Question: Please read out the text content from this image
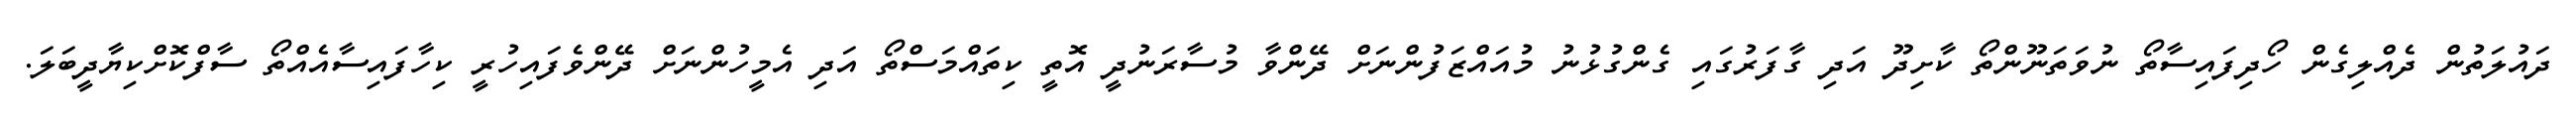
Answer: ދައުލަތުން ދެއްލިގެން ހޯދިފައިސާތޯ ނުވަތަނޫންތޯ ކާށިދޫ އަދި ގާފަރުގައި ގެންގުޅުނު މުއައްޒަފުންނަށް ދޭންވާ މުސާރަނުދީ އޮތީ ކިތައްމަސްތޯ އަދި އެމީހުންނަށް ދޭންވެފައިހުރީ ކިހާފައިސާއެއްތޯ ސާފްކޮށްކިޔާދީބަލަ.